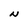
Character: N